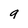
Character: g